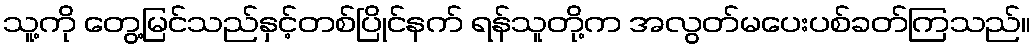
သူ့ကို တွေ့မြင်သည်နှင့်တစ်ပြိုင်နက် ရန်သူတို့က အလွတ်မပေးပစ်ခတ်ကြသည်။